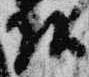
頭